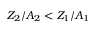
Z _ { 2 } / A _ { 2 } < Z _ { 1 } / A _ { 1 }